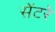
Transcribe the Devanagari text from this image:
सेंटरे